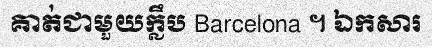
គាត់ជាមួយក្លឹប Barcelona ។ ឯកសារ